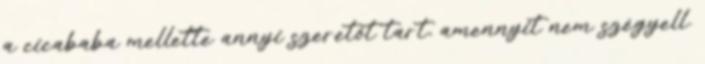
a cicababa mellette annyi szeretőt tart, amennyit nem szégyell.